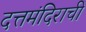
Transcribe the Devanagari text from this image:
दत्तमंदिराची